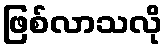
ဖြစ်လာသလို